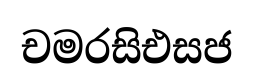
චමරසිඑසජ